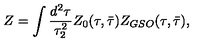
Z = \int \frac { d ^ { 2 } \tau } { \tau _ { 2 } ^ { 2 } } Z _ { 0 } ( \tau , \bar { \tau } ) Z _ { G S O } ( \tau , \bar { \tau } ) ,